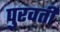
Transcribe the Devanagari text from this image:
पुरवर्ती